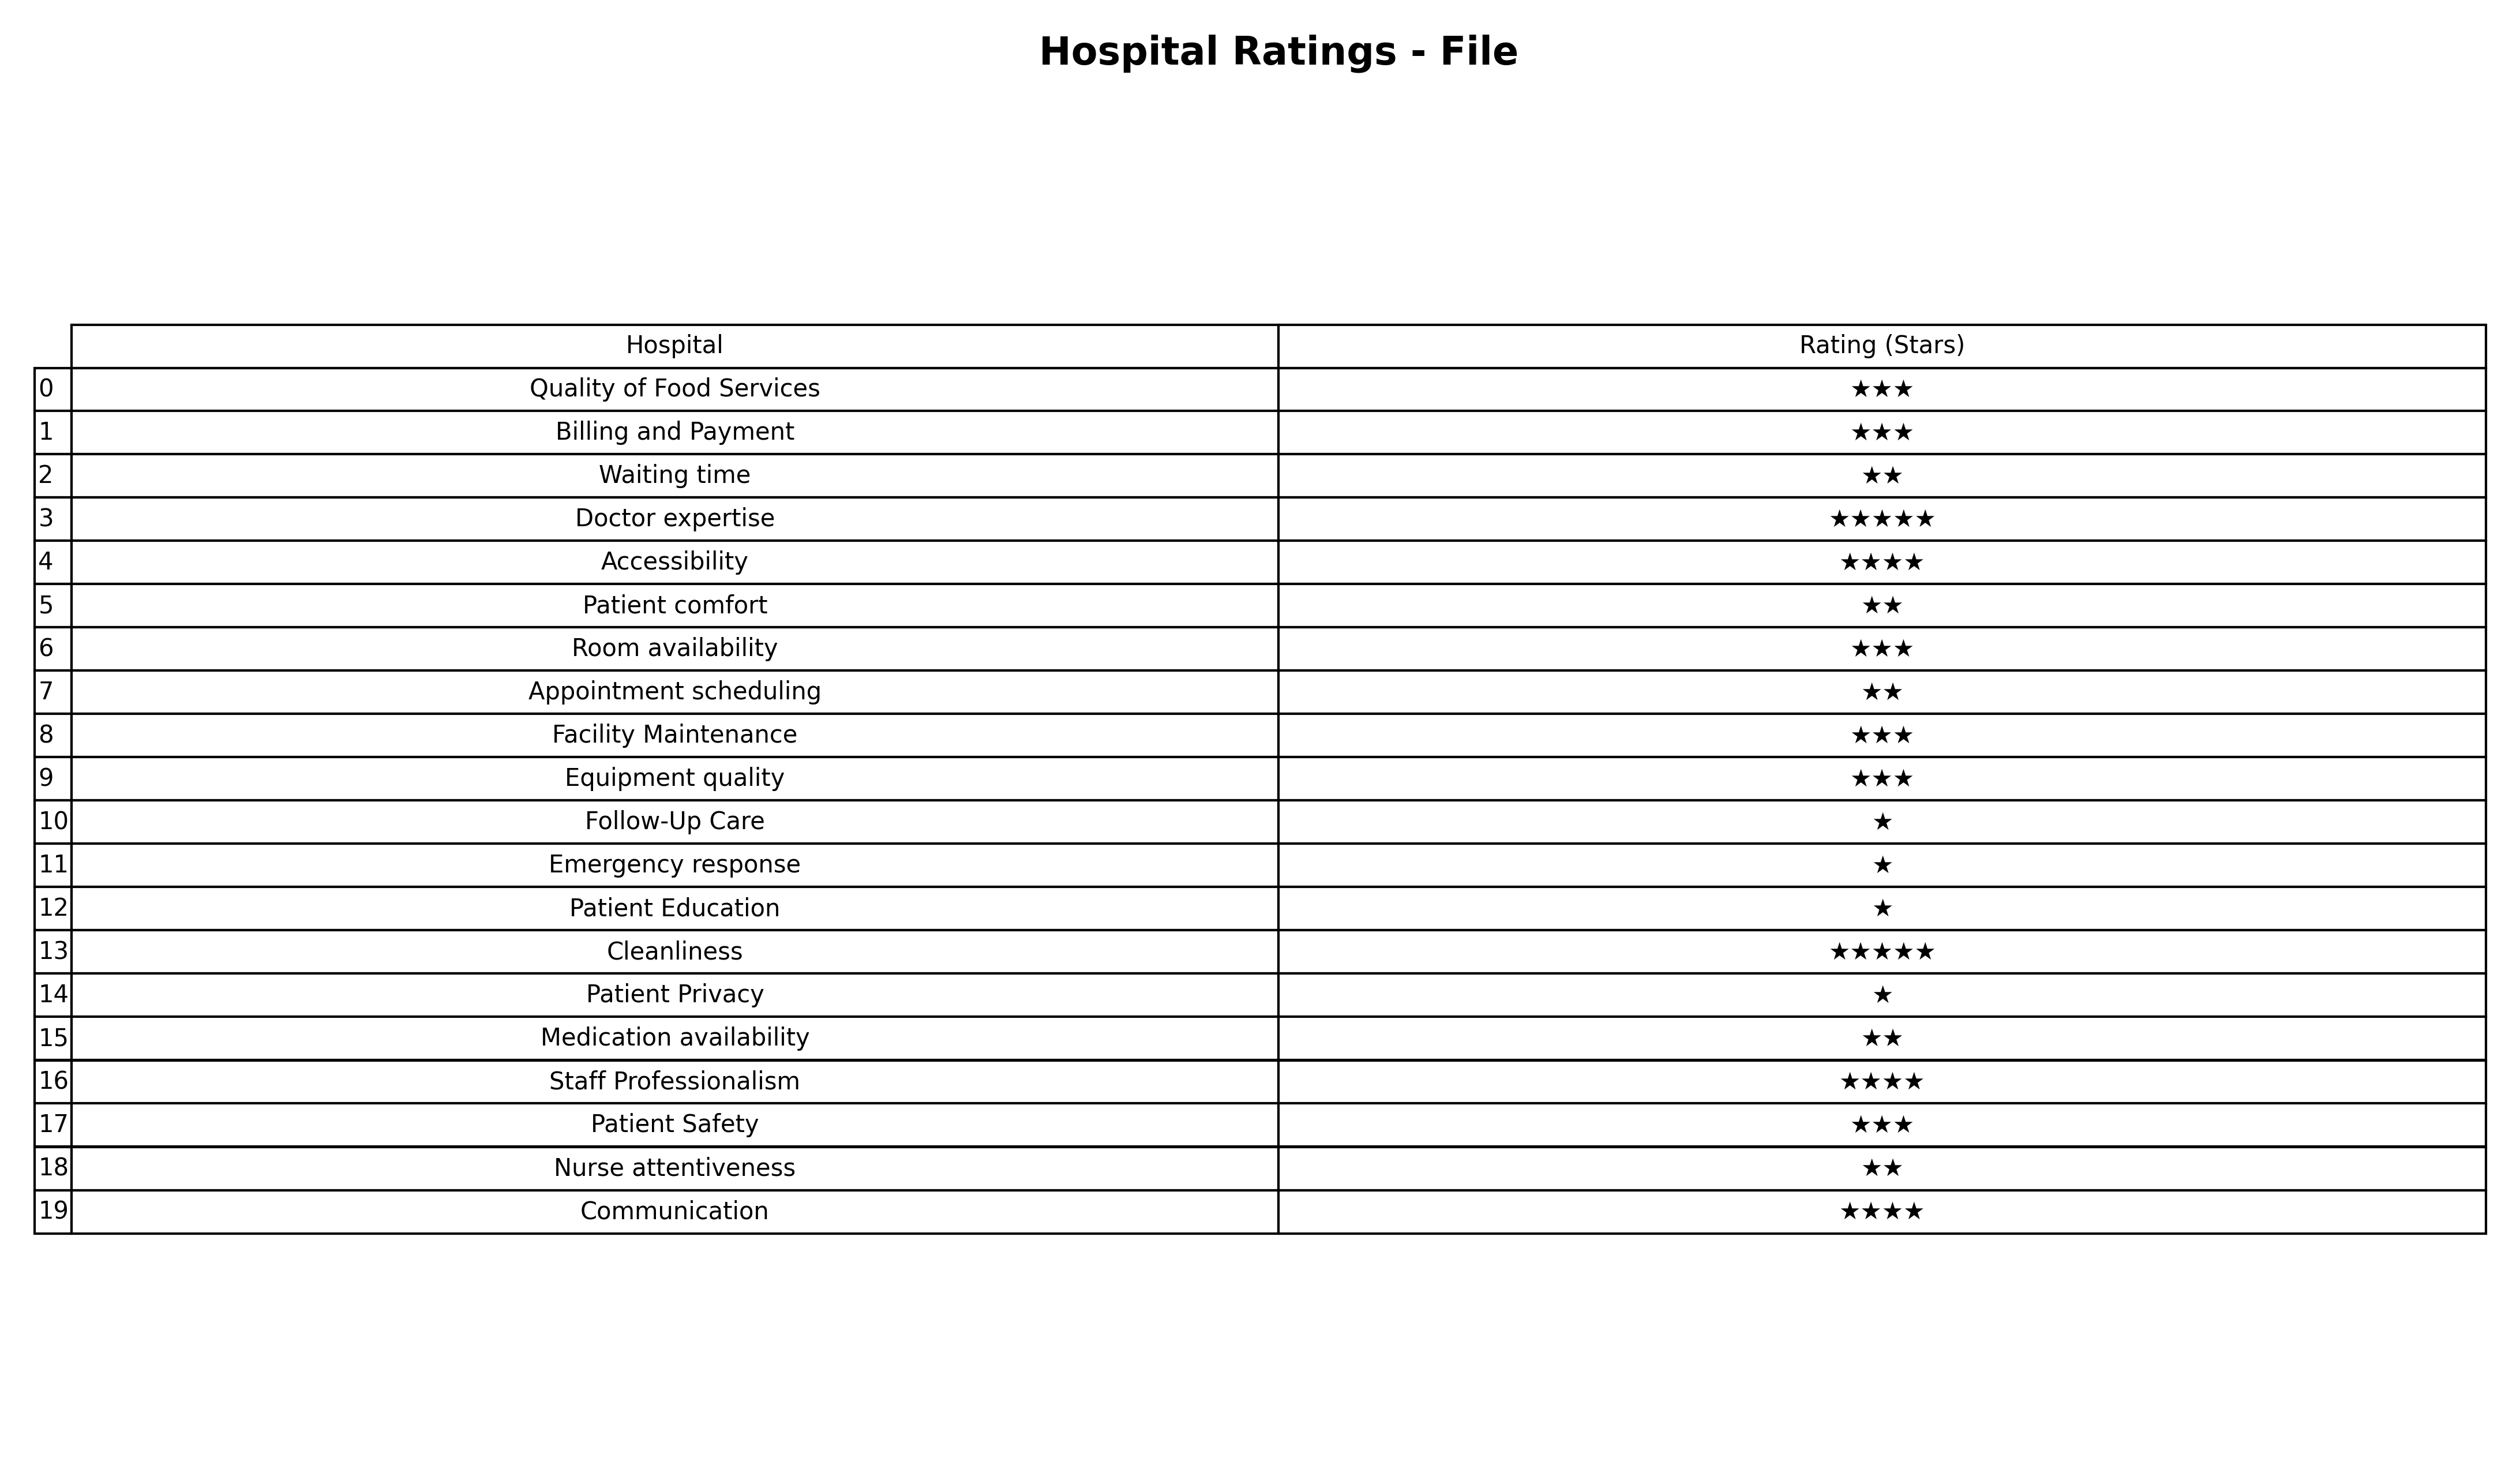
question: What are highest rating services?
answer: Quality of Food ServicesBilling and PaymentRoom availabilityFacility MaintenanceEquipment qualityPatient Safety